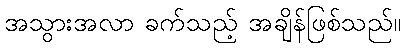
အသွားအလာ ခက်သည့် အချိန်ဖြစ်သည်။